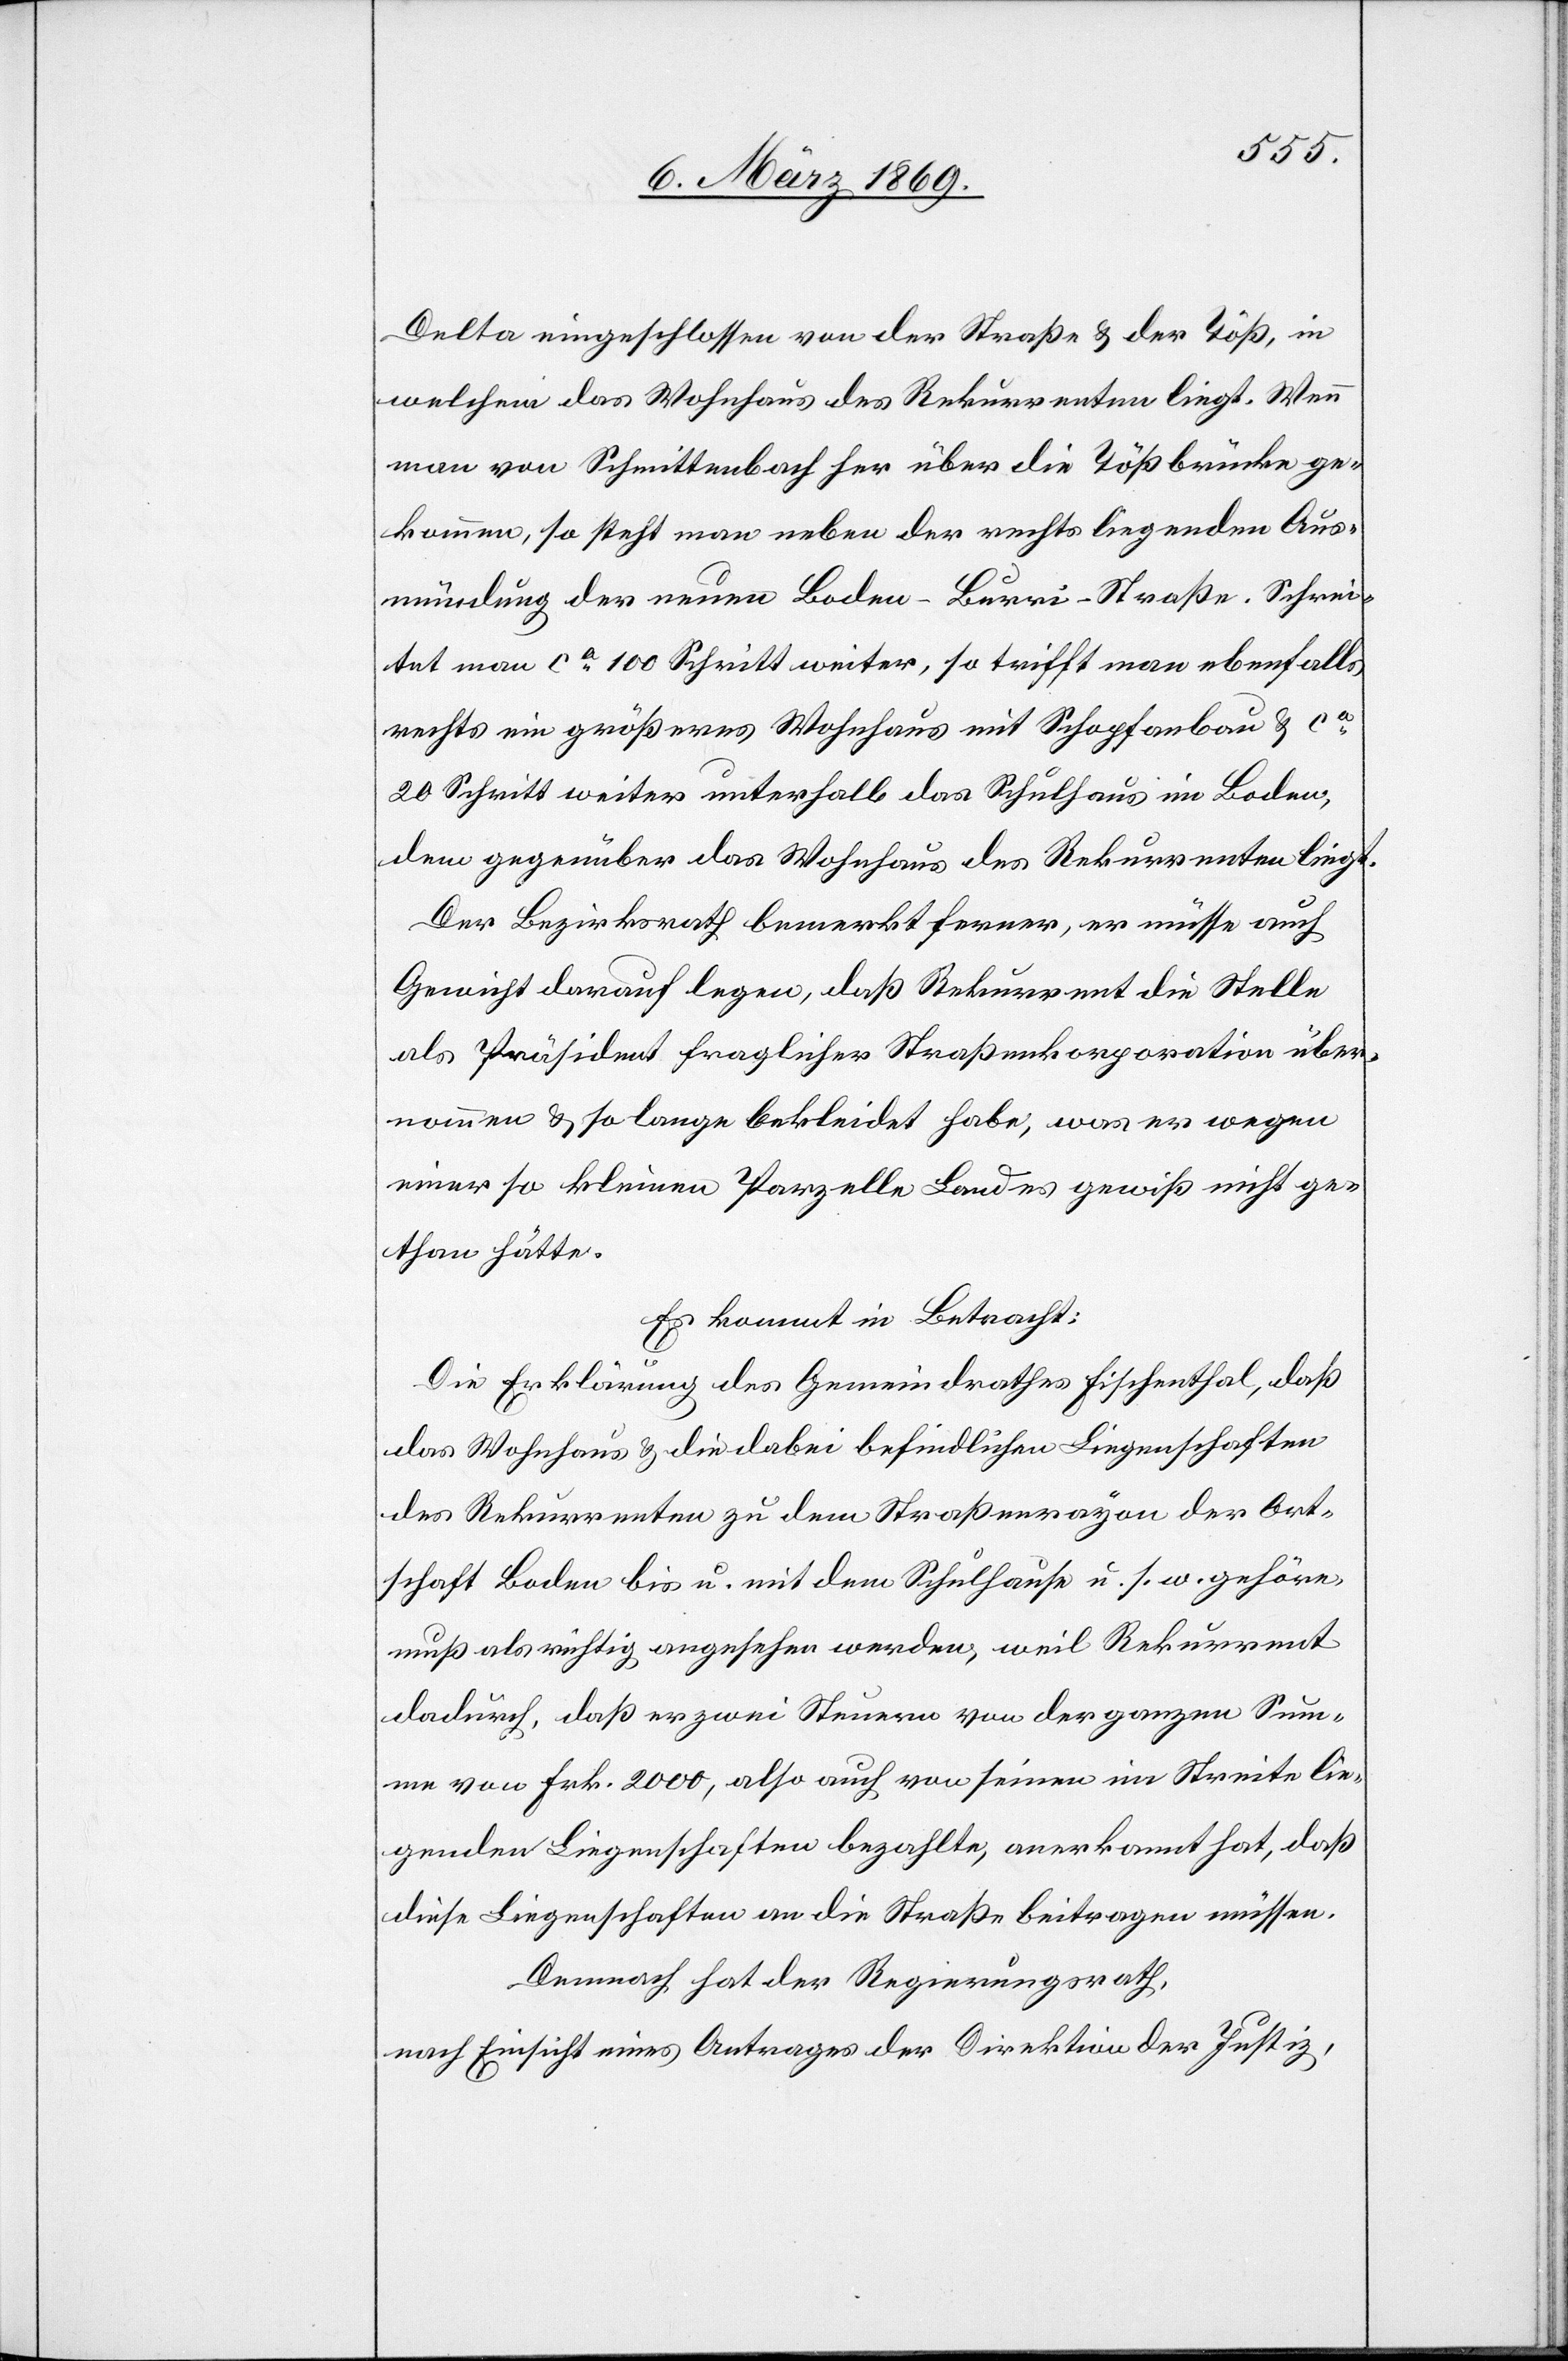
Delta eingeschlossen von der Straße & der Töß, in
welchem das Wohnhaus des Rekurrenten liegt. Wenn
man von Schnittenbach her über die Tößbrücke ge¬
kommen, so steht man neben der rechts liegenden Aus¬
mündung der neuen Boden–Burri-Straße. Schrei¬
tet man ca 100 Schritt weiter, so trifft man ebenfalls
rechts ein größeres Wohnhaus mit Schopfanbau & ca
20 Schritt weiter unterhalb das Schulhaus im Boden,
dem gegenüber das Wohnhaus des Rekurrenten liegt.
Der Bezirksrath bemerkt ferner, er müsse auch
Gewicht darauf legen, daß Rekurrent die Stelle
als Präsident fraglicher Straßenkorporationen über¬
nommen & so lange bekleidet habe, was er wegen
einer so kleinen Parzelle Landes gewiß nicht ge¬
than hätte.
Es kommt in Betracht:
Die Erklärung des Gemeindrathes Fischenthal, daß
das Wohnhaus & die dabei befindlichen Liegenschaften
des Rekurrenten zu dem Straßenrayon der Ort¬
schaft Boden bis u. mit dem Schulhause u. s. w. gehöre,
muß als richtig angesehen werden, weil Rekurrent
dadurch, daß er zwei Steuern von der ganzen Sum¬
me von Frk. 2000, also auch von seinen im Streite lie¬
genden Liegenschaften bezahlte, anerkannt hat, daß
diese Liegenschaften an die Straße beitragen müssen.
Demnach hat der Regierungsrath,
nach Einsicht eines Antrages der Direktion der Justiz,